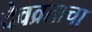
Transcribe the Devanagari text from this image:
देवव्रताचा